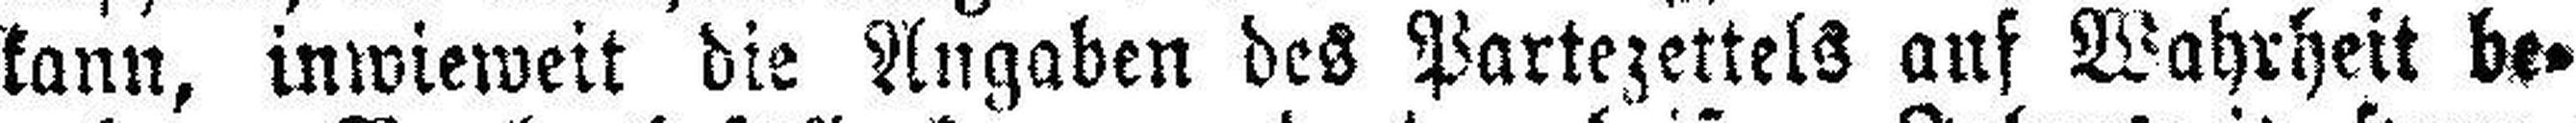
kann, inwieweit die Angaben des Partezettels auf Wahrheit be¬